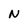
Character: N